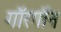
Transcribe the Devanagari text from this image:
गॉरगॉन